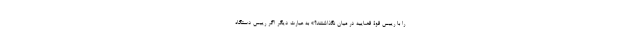
را با رییس قوۀ قضاییه در میان نگذاشتند؟» به عبارت دیگر اگر رییس دستگاه